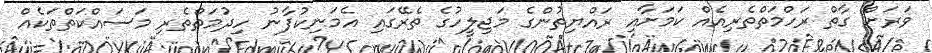
ވަރަށް ގާތް ރަހްމަތްތެރިއެއް ކަމަށާއި ރައްޔިތުންގެ މަޖިލީހުގެ ތެރޭގައި އެމަނިކުފާނު ހިދުމަތްތެރި މަސައްކަތްތަކެއް